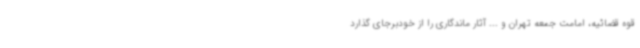
قوه قضائیه، امامت جمعه تهران و ... آثار ماندگاری را از خودبرجای گذارد